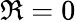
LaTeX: \Re=0